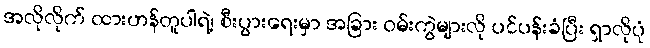
အလိုလိုက် ထားဟန်တူပါရဲ့၊ စီးပွားရေးမှာ အခြား ဝမ်းကွဲများလို ပင်ပန်းခံပြီး ရှာလိုပုံ